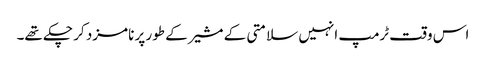
اس وقت ٹرمپ انہیں سلامتی کے مشیر کے طور پر نامزد کر چکے تھے۔